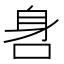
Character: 𨈖